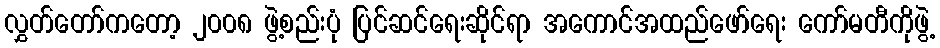
လွှတ်တော်ကတော့ ၂၀၀၈ ဖွဲ့စည်းပုံ ပြင်ဆင်ရေးဆိုင်ရာ အကောင်အထည်ဖော်ရေး ကော်မတီကိုဖွဲ့